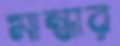
মান্ধার